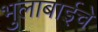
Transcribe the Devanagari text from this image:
भुलाबाईचे